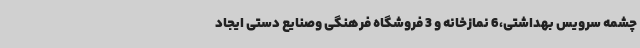
چشمه سرویس بهداشتی،6 نمازخانه و 3 فروشگاه فرهنگی وصنایع دستی ایجاد